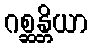
ဂစ္ဆန္တိယာ